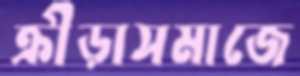
ক্রীড়াসমাজে